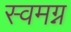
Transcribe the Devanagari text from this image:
स्वमग्न